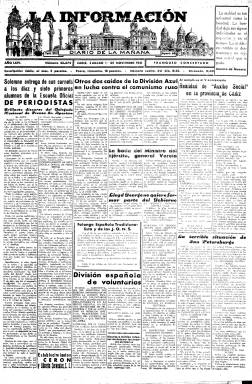
Título: La Información (Cádiz)
Colección: Periódicos
Ámbito geográfico: Cádiz
Lugar de publicación: Cádiz
Fechas: 01/11/1941-31/05/1942